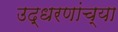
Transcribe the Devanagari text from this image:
उद्धरणांच्या